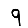
Digit: 9